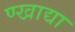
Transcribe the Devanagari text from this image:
ण्खाद्या